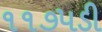
૧૧૭૫ડી